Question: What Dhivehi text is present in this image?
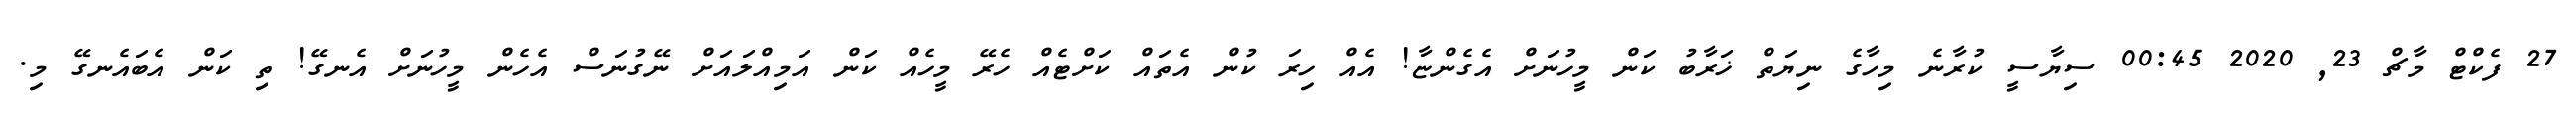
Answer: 27 ފެކްޓް މާޗް 23, 2020 00:45 ސިޔާސީ ކުރާނެ މިހާގެ ނިޔަތް ޚަރާބު ކަން މީހުނަށް އެގެންޏާ! އެއް ހިރަ ކުން އެތައް ކަށްޓެއް ހެރޭ މީހެއް ކަން އަމިއްލައަށް ނޭގުނަސް އެހެން މީހުނަށް އެނގޭ! ތި ކަން އެބައެނގޭ މި.